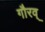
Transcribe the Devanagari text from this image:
गौरव्